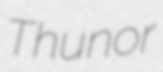
Thunor